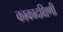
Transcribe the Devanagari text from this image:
काकादक्षिणी